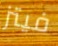
فيتز